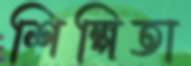
শিল্পিতা